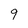
Character: 9